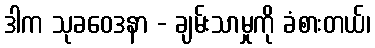
ဒါက သုခဝေဒနာ - ချမ်းသာမှုကို ခံစားတယ်၊